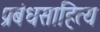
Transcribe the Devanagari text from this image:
प्रबंधसाहित्य